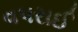
વપરાઈ